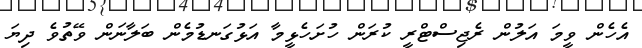
އެހެން ވީމަ އަލުން ރެޖިސްޓްރީ ކުރަން ހުށަހެޅީމާ އަޅުގަނޑުމެން ބަލާނަން ވޭތުވެ ދިޔަ